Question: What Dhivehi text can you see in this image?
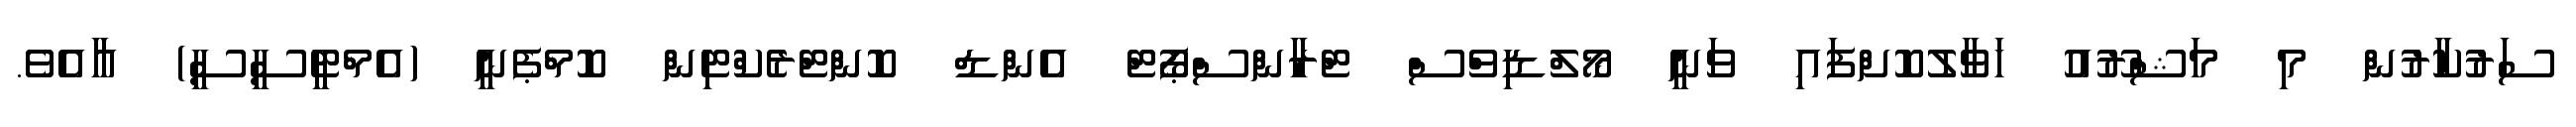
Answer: ސަރުކާރުން މި މަޝްރޫއު ހަވާލުކޮށްފައި ވަނީ މޯލްޑިވްސް ޓްރާންސްޕޯޓް އެންޑް ކޮންޓްރެކްޓިން ކޮމްޕެނީ (އެމްޓީސީސީ) އާއެވެ.